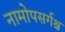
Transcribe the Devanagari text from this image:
नामोपसर्गश्च